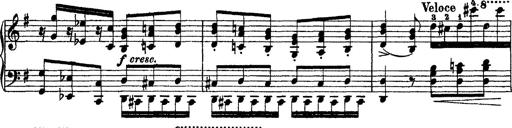
Title: Morceau de Salon
Composer: Josef Adalbert Pacher
Key: D-flat major